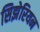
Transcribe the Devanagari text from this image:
सिझेरियन